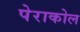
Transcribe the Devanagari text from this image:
पेराकोल